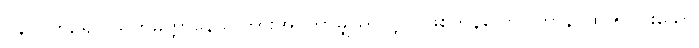
ဝိနာ၊ ကြဉ်၍။ သုတမတ္တာနေဝ၊ ကြားအပ်ကာမျှသာလျှင် ဖြစ်ကုန်သော။ တာနိ၊ ထို ၅-ပါးသော